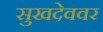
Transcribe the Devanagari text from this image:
सुखदेववर